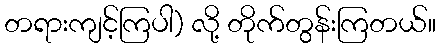
တရားကျင့်ကြပါ) လို့ တိုက်တွန်းကြတယ်။